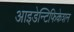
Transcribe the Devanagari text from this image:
आइडेन्टिफिकेशन